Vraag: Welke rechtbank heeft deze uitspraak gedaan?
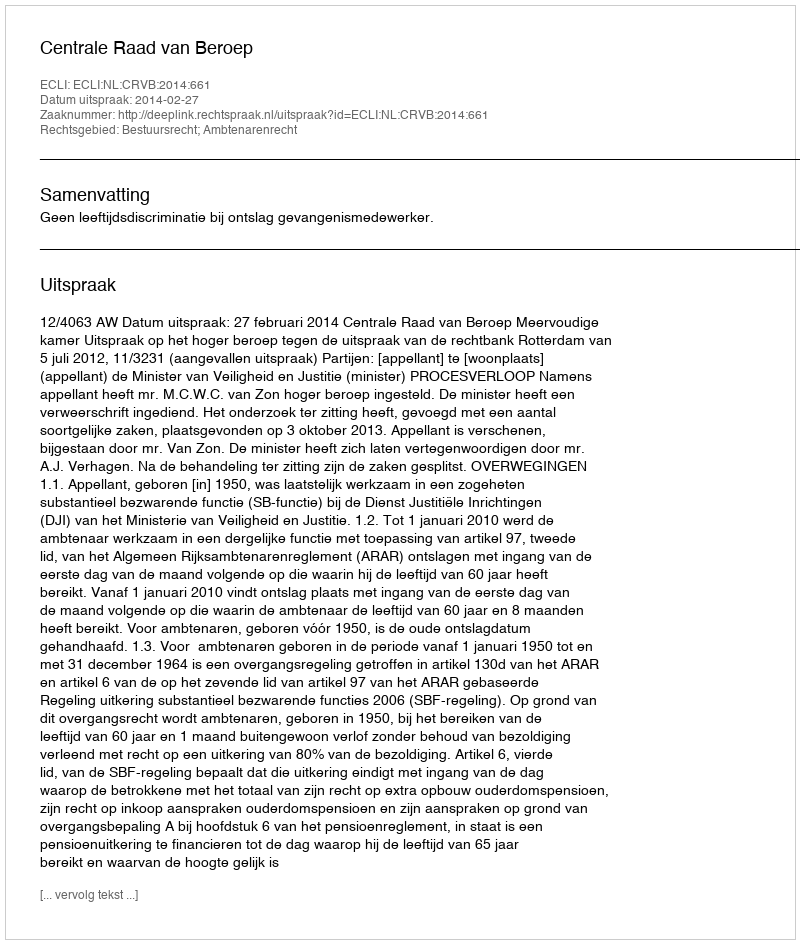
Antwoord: Centrale Raad van Beroep